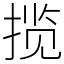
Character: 揽